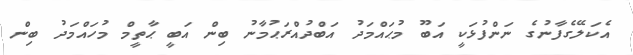
އެކަލޭގެފާނުގެ ނަންފުޅަކީ އަބޫ މުޙައްމަދު އަބްދުއްރަޙުމާނު ބިން އަބީ ޙާތީމް މުހައްމަދު ބިން